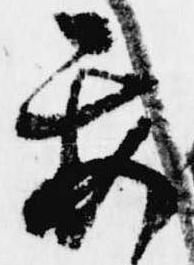
要